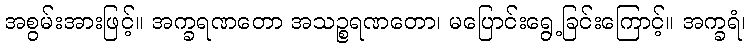
အစွမ်းအားဖြင့်။ အက္ခရဏတော အသဉ္စရဏတော၊ မပြောင်းရွေ့ခြင်းကြောင့်။ အက္ခရံ၊